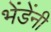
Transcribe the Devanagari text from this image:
भेंडेंनी